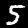
Digit: 5